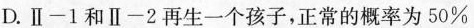
D.Ⅱ-1和Ⅱ-2再生一个孩子，正常的概率为50%